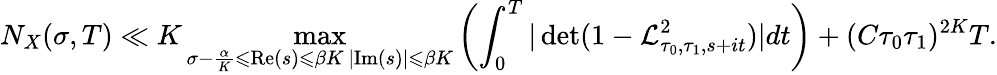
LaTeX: N_{X}(\sigma,T)\ll K\operatorname*{max}_{\substack{\sigma-\frac{\alpha}{K}\leqslant\mathrm{Re}(s)\leqslant\beta K\, \vert\mathrm{Im}(s)\vert\leqslant\beta K}}\left(\int_{0}^{T}\vert\operatorname*{det}(1-\mathcal{L}_{\tau_{0},\tau_{1},s+it}^{2})\vert dt\right)+(C\tau_{0}\tau_{1})^{2K}T.